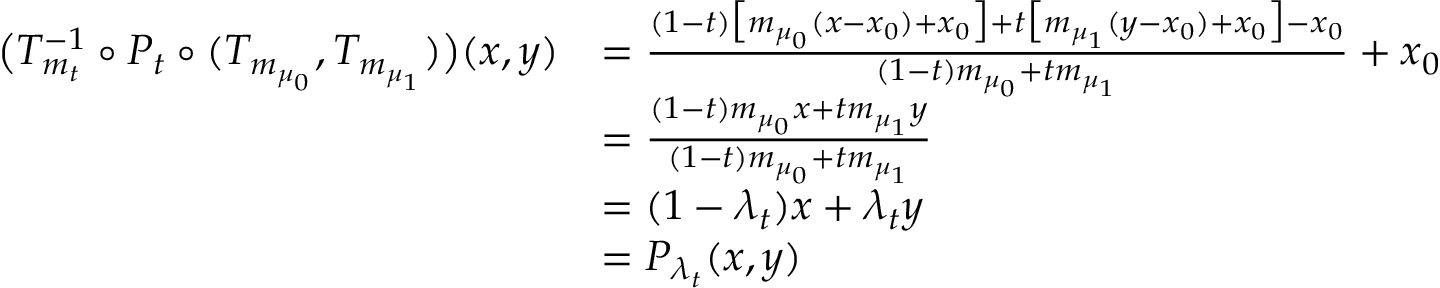
\begin{array} { r l } { \big ( T _ { m _ { t } } ^ { - 1 } \circ P _ { t } \circ ( T _ { m _ { \mu _ { 0 } } } , T _ { m _ { \mu _ { 1 } } } ) \big ) ( x , y ) } & { = \frac { ( 1 - t ) \big [ m _ { \mu _ { 0 } } ( x - x _ { 0 } ) + x _ { 0 } \big ] + t \big [ m _ { \mu _ { 1 } } ( y - x _ { 0 } ) + x _ { 0 } \big ] - x _ { 0 } } { ( 1 - t ) m _ { \mu _ { 0 } } + t m _ { \mu _ { 1 } } } + x _ { 0 } } \\ & { = \frac { ( 1 - t ) m _ { \mu _ { 0 } } x + t m _ { \mu _ { 1 } } y } { ( 1 - t ) m _ { \mu _ { 0 } } + t m _ { \mu _ { 1 } } } } \\ & { = ( 1 - \lambda _ { t } ) x + \lambda _ { t } y } \\ & { = P _ { \lambda _ { t } } ( x , y ) } \end{array}